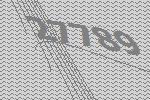
27789